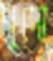
সুদো